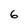
Character: 6